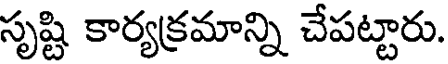
సృష్టి కార్యక్రమాన్ని చేపట్టారు.